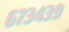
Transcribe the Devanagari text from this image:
६७३४३९